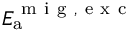
E _ { \mathrm { a } } ^ { \mathrm { ~ m ~ i ~ g ~ , ~ e ~ x ~ c ~ } }